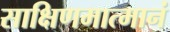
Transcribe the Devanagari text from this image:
साक्षिणमात्मानं